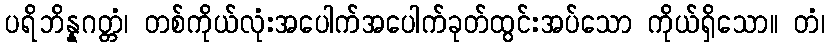
ပရိဘိန္နဂတ္တံ၊ တစ်ကိုယ်လုံးအပေါက်အပေါက်ခုတ်ထွင်းအပ်သော ကိုယ်ရှိသော။ တံ၊